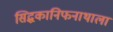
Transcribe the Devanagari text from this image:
सिद्धकानिफनाथाला